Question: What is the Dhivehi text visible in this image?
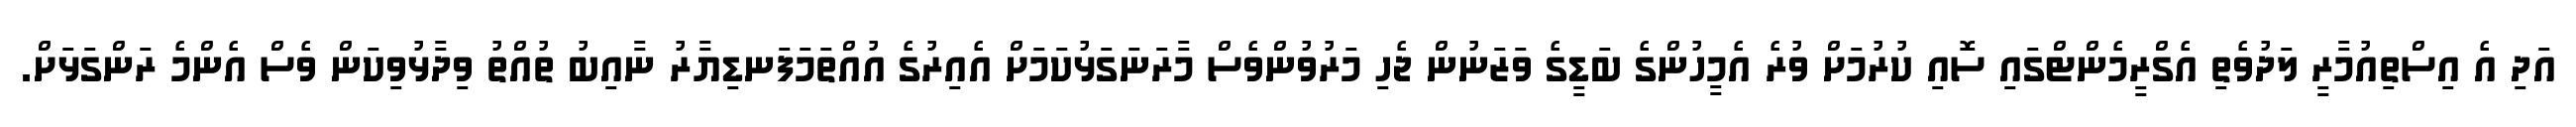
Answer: އަދި އެ އިސްތިއުމާރީ ލަދުވެތި އެގްރީމެންޓްގައި ސޮއި ކުރުމަށް ވުރެ އެމީހުންގެ ބަޑީގެ ވަޒަނުން ޖެހި މަރުވުންވެސް މާރަނަގަޅުކަމަށް އެއިރުގެ އުއްތަމަފަނޑިޔާރު ނާއިބު ތުއްތު ވިދާޅުވިކަން ވެސް އެންމެ ރަންގަޅަށް.